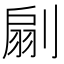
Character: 𠞛